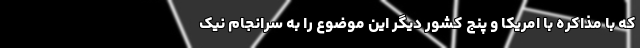
که با مذاکره با امریکا و پنج کشور دیگر این موضوع را به سرانجام نیک